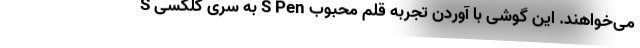
می‌خواهند. این گوشی با آوردن تجربه قلم محبوب S Pen به سری گلکسی S